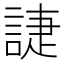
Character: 誱